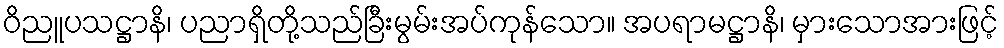
ဝိညူပသဋ္ဌာနိ၊ ပညာရှိတို့သည်ခြီးမွမ်းအပ်ကုန်သော။ အပရာမဋ္ဌာနိ၊ မှားသောအားဖြင့်